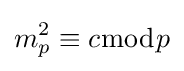
m_{p}^{2}\equiv c{\bmod {p}}